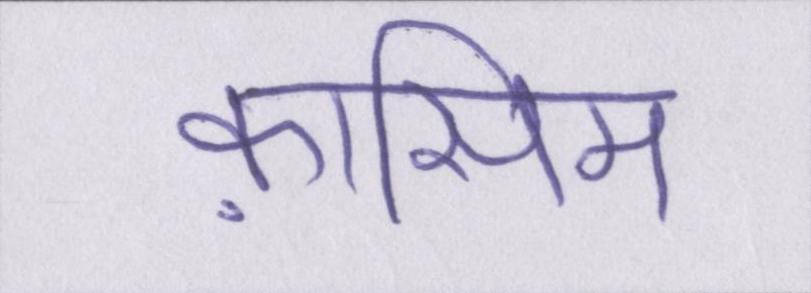
क़ासिम